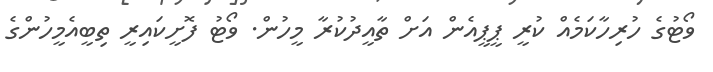
ވޯޓުގެ ހުރިހާކަމެއް ކުރީ ޕީޕީއެން އަށް ތާއީދުކުރާ މީހުން. ވޯޓު ފޮށީކައިރީ ތިބީއެމީހުންގެ